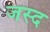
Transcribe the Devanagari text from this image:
जस्द